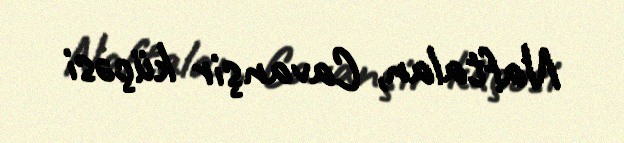
Naftalan, Cavanşir küçəsi